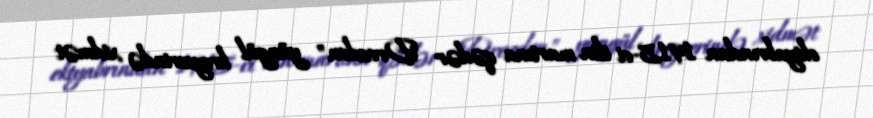
oktyabrından 1915-ci ilin martına qədər "Drezden" yüngül kreyserində xidmət